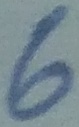
Text: 6